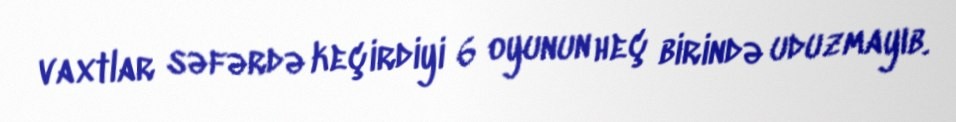
vaxtlar səfərdə keçirdiyi 6 oyunun heç birində uduzmayıb.